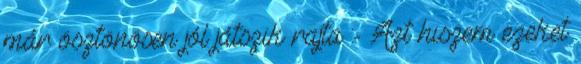
már ösztönösen jól játszik rajta :- Azt hiszem ezeket